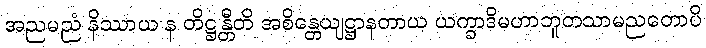
အညမညံ နိဿာယ န တိဋ္ဌန္တီတိ အစိန္တေယျဋ္ဌာနတာယ ယက္ခာဒိမဟာဘူတသာမညတောပိ